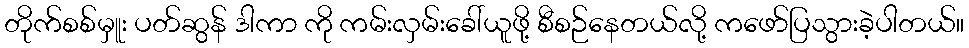
တိုက်စစ်မှူး ပတ်ဆွန် ဒါကာ ကို ကမ်းလှမ်းခေါ်ယူဖို့ စီစဉ်နေတယ်လို့ ကဖော်ပြသွားခဲ့ပါတယ်။